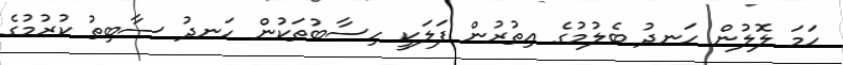
ހަމަ ލޮލުން ހަނދު ބެލުމުގެ އިތުރުން ފަލަކީ ހިސާބުތަކުން ހަނދު ސާބިތު ކުރުމުގެ